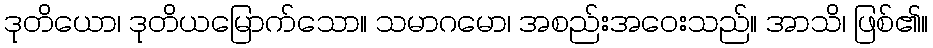
ဒုတိယော၊ ဒုတိယမြောက်သော။ သမာဂမော၊ အစည်းအဝေးသည်။ အာသိ၊ ဖြစ်၏။